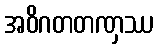
အဝိဂတတဏှဿ